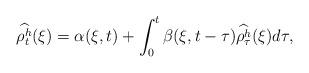
LaTeX: \begin{align*}\widehat{\rho^h_t}(\xi) = \alpha(\xi,t) + \int_0^t \beta(\xi,t-\tau)\widehat{\rho^h_{\tau}}(\xi)d\tau,\end{align*}